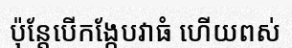
ប៉ុន្តែបើកង្កែបវាធំ ហើយពស់